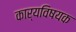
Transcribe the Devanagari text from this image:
कार्यविषयक